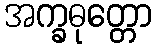
အက္ခဓုတ္တော